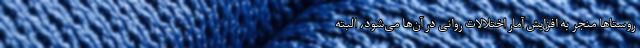
روستاها منجر به افزایش آمار اختلالات روانی در آن‌ها می‌شود، البته